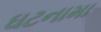
ઘટનામા